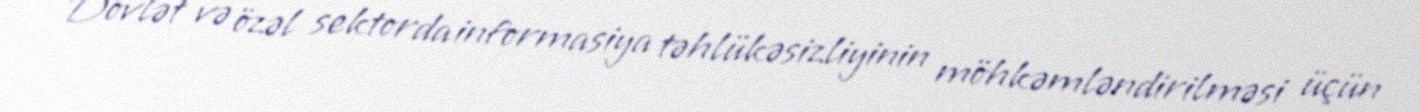
Dövlət və özəl sektorda informasiya təhlükəsizliyinin möhkəmləndirilməsi üçün